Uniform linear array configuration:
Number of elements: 64
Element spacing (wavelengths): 1
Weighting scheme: hann
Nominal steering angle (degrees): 60
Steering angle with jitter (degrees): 61.305
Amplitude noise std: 0.05
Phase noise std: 0.05

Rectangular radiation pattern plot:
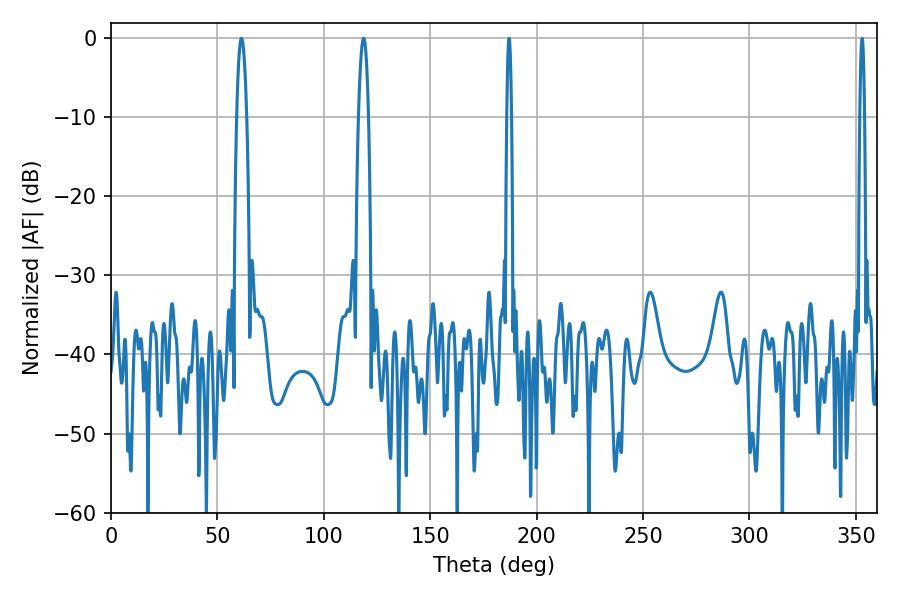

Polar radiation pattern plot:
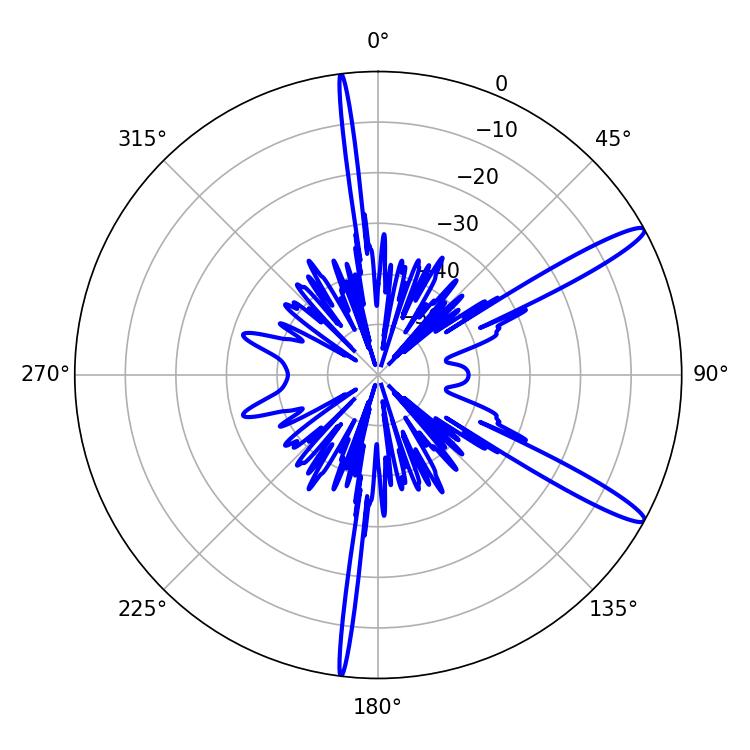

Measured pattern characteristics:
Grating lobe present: TRUE
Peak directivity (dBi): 13.923
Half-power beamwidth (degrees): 1.08
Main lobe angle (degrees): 187.02